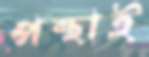
পন্থাই